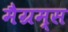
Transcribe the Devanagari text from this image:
मैग्रम्स